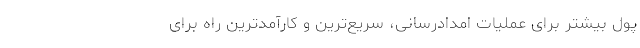
پول بیشتر برای عملیات امدادرسانی، سریع‌ترین و کارآمدترین راه برای